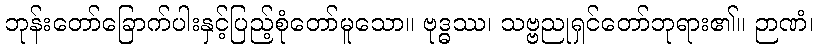
ဘုန်းတော်ခြောက်ပါးနှင့်ပြည့်စုံတော်မူသော။ ဗုဒ္ဓဿ၊ သဗ္ဗညုရှင်တော်ဘုရား၏။ ဉာဏံ၊